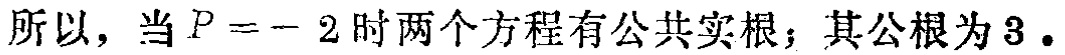
所以，当\(P = - 2\)时两个方程有公共实根；其公根为\(3\)。